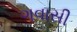
ગવાસી